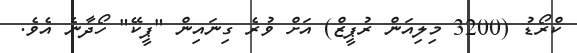
ކްރޯޑު (3200 މިލިއަން ރުޕީޒް) އަށް ވުރެ ގިނައިން "ޕީކޭ" ހޯދާނެ އެވެ.